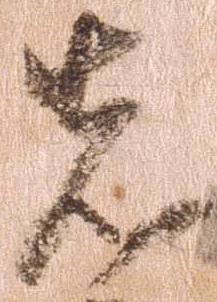
先